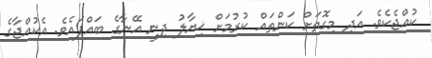
ކުއްޖެކެވެ. އަދި މިގޮތަށް ކަންތައް ކުރުމަށް ޚިޔާލު ދިނީ އޭނާގެ ބައްޕައެވެ. އެކުއްޖާގެ